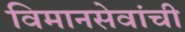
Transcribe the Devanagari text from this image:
विमानसेवांची